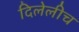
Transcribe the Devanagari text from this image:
दिलेलीच